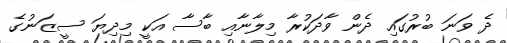
ދެ ވަނަ ބުރުގައި ދެން ވާދަކުރާ މިލާނާއި ބާސާ އަކީ މިދިޔަ ސީޒަނުގެ